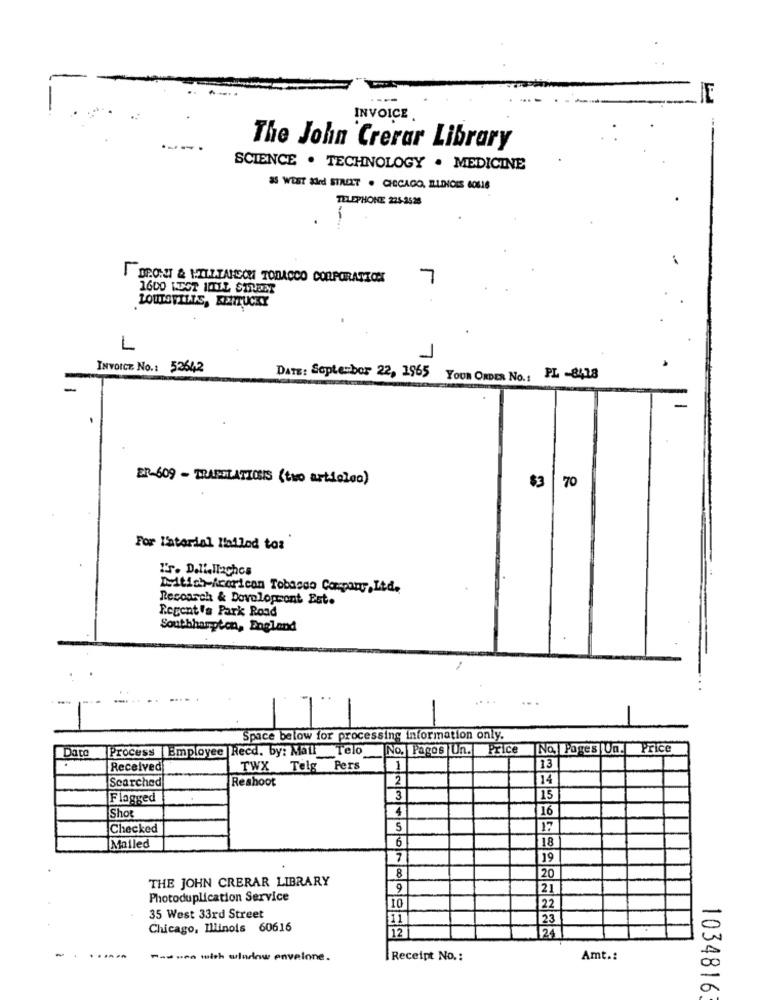
INVOICE .
The John Crerar Library
SCIENCE . TECHNOLOGY . MEDICINE
as WEST aled STREET . GIOCACO, RUNCES 60616
TELEPHONE 225-3528
IDEO:I & IILITANCON TOBACCO CORPORATION
7
LOUISVILLE, KENTUCKY
L
1
INVOICE No .: 53642
DATE: September 22, 1965 YOUR ORDER No .: PL -8418
ER-609 - TRANSLATIONIS (two articleo)
$3 70
For Material Mailed to:
IS. Dallellaghos
Deitish-Acoricon Tobacco Company,Ltd.
Research & Dovolopsont Est.
Regent's Park Road
Southhampton, England
...
-
Space below for processing information only.
Data
Process |Employee Recd, by: Mall Telo
No. Pagos Un. Price
No. Pages |Va. Price
Received
TWX Telg Pers
113
Searched
Reshoot
2
14
Flagged
3
15
Shot
4
16
Checked
S
17
6
18
Mailed
19
8
THE JOHN CRERAR LIBRARY
20
9
21
Photoduplication Service
10
22
35 West 33rd Street
11
23
Chicago, Illinois 60616
12
24
-
---- with www envelone.
Receipt No .:
Amt .:
1034816